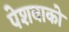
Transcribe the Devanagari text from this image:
पेशवाको